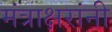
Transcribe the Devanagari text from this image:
मंत्राक्षरांनी